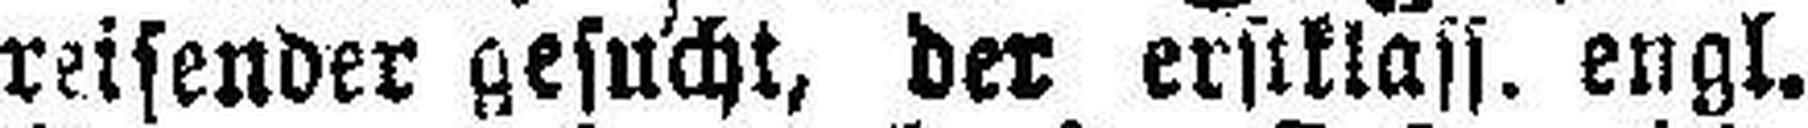
reisender gesucht, der erstklass. engl.